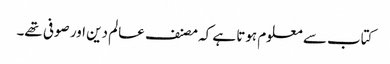
کتاب سے معلوم ہوتا ہے کہ مصنف عالم دین اور صوفی تھے۔